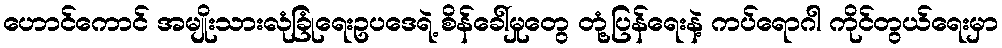
ဟောင်ကောင် အမျိုးသားလုံခြုံရေးဥပဒေရဲ့ စိန်ခေါ်မှုတွေ တုံ့ပြန်ရေးနဲ့ ကပ်ရောဂါ ကိုင်တွယ်ရေးမှာ